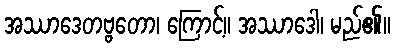
အဿာဒေတဗ္ဗတော၊ ကြောင့်။ အဿာဒေါ၊ မည်၏။